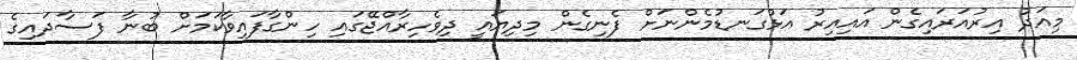
މިއަދު އިރުއަރައިގެން އައިއިރު އަޅުގަނޑުމެންނަށް ފެނިގެން މިދިޔައީ ދިވެހިރާއްޖޭގައި ހިންގާފައިވާކަމަށް ބުނާ ފަސާދައިގެ